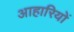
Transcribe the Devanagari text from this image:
आहारियों